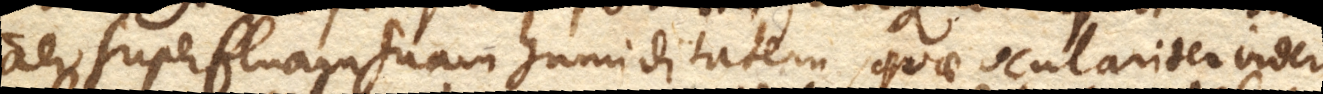
aer superfluam suam humiditatem, quae oculariter videri